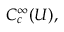
C _ { c } ^ { \infty } ( U ) ,